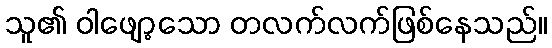
သူ၏ ဝါဖျော့သော တလက်လက်ဖြစ်နေသည်။